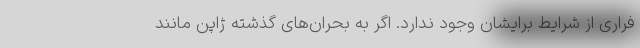
فراری از شرایط برایشان وجود ندارد. اگر به بحران‌های گذشته ژاپن مانند